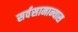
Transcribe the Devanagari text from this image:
सर्वसामान्यास